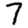
Digit: 7